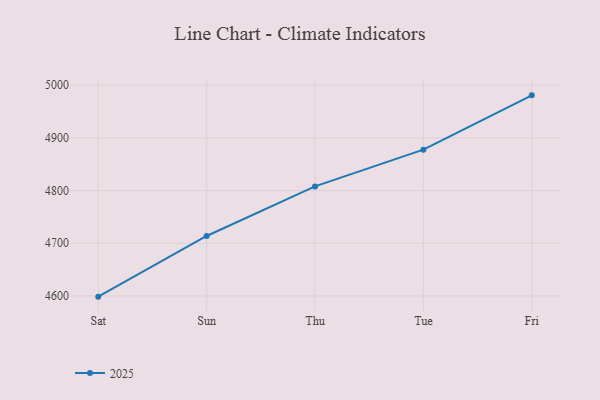
{"axis": {"x": "Day", "y": "Net Income (USD K)"}, "legend": ["2025"], "data": [{"x": "Sat", "y": 4598.7, "type": "2025"}, {"x": "Sun", "y": 4713.8, "type": "2025"}, {"x": "Thu", "y": 4807.9, "type": "2025"}, {"x": "Tue", "y": 4877.7, "type": "2025"}, {"x": "Fri", "y": 4980.7, "type": "2025"}]}